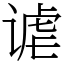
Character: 谑